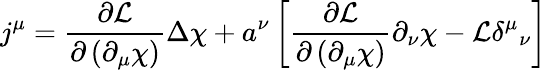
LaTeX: j^{\mu}=\frac{\partial{\mathcal{L}}}{\partial\left(\partial_{\mu}\chi\right)}\Delta\chi+a^{\nu}\left[\frac{\partial{\mathcal{L}}}{\partial\left(\partial_{\mu}\chi\right)}\partial_{\nu}\chi-{\cal L}\delta^{\mu}{}_{\nu}\right]